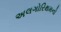
અલગોરિથમનો